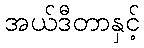
အယ်ဒီတာနှင့်